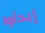
إبدأوا